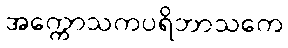
အက္ကောသကပရိဘာသကေ